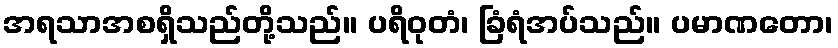
အရသာအစရှိသည်တို့သည်။ ပရိဝုတံ၊ ခြံရံအပ်သည်။ ပမာဏတော၊